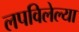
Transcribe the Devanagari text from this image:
लपविलेल्या